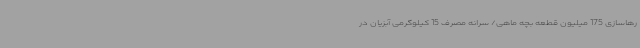
رهاسازی 175 میلیون قطعه بچه ماهی/ سرانه مصرف 15 کیلوگرمی آبزیان در